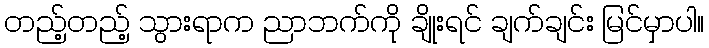
တည့်တည့် သွားရာက ညာဘက်ကို ချိုးရင် ချက်ချင်း မြင်မှာပါ။